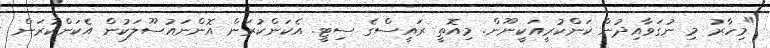
"މިހާރު މި ނުގަވާއިދުން ކަންކުރީއަކީނޫން. މިއޮތީ ރައީސްގެ ސިޓީ. އެކަންކުރަން އޮންނައުސޫލަކުން އެކަންކުރަން